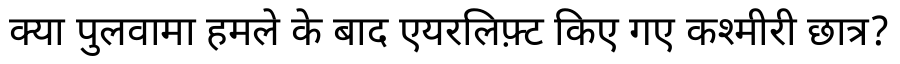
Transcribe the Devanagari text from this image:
क्या पुलवामा हमले के बाद एयरलिफ़्ट किए गए कश्मीरी छात्र?